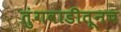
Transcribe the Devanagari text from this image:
तुंगवाडीतूनच